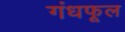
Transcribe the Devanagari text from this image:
गंधफूल